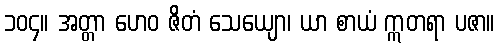
၁၀၄။ အတ္တာ ဟေဝ ဇိတံ သေယျော၊ ယာ စာယံ ဣတရာ ပဇာ။